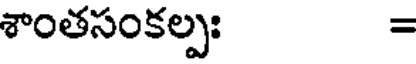
శాంతసంకల్పః =